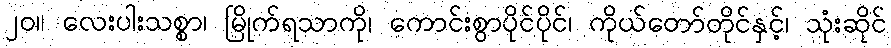
၂၀။ လေးပါးသစ္စာ၊ မြိုက်ရသာကို၊ ကောင်းစွာပိုင်ပိုင်၊ ကိုယ်တော်တိုင်နှင့်၊ သုံးဆိုင်